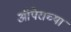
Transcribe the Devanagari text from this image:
ऑपेराच्या